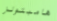
هامبتونز